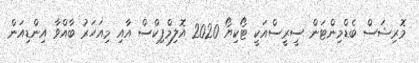
މޮރިޝަސް ބެޑްމިންޓަން ސީރީސްއަކީ ޓޯކިޔޯ 2020 އޮލިމްޕިކްސް އާއި މިއަހަރު ބާއްވާ އިންޑިއަން